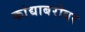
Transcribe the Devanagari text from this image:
कांद्याबरोबर